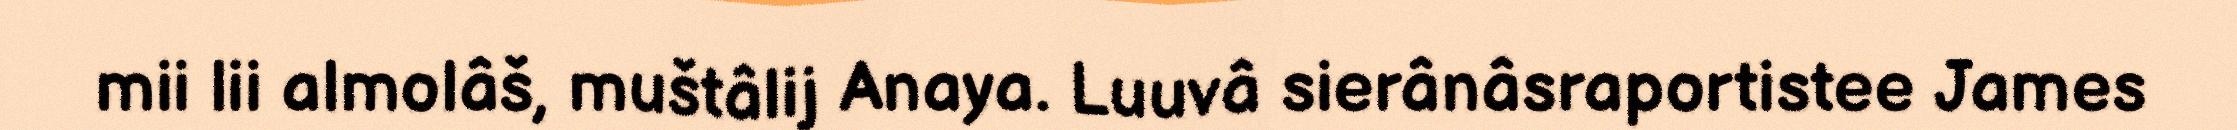
mii lii almolâš, muštâlij Anaya. Luuvâ sierânâsraportistee James